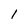
Character: 1